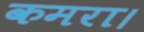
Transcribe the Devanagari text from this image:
कमरा।